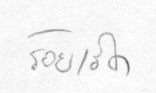
ร้อยเอ็ด